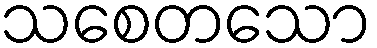
သစေတသော